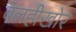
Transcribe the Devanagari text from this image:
बलहीखोर